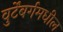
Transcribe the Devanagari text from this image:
वुर्टेंबर्गमधील